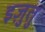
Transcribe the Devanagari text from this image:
इज़ुतु